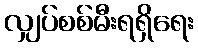
လျှပ်စစ်မီးရရှိရေး